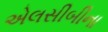
એલસીબીના